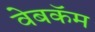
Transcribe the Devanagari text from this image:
वेबकॅम